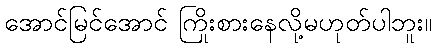
အောင်မြင်အောင် ကြိုးစားနေလို့မဟုတ်ပါဘူး။